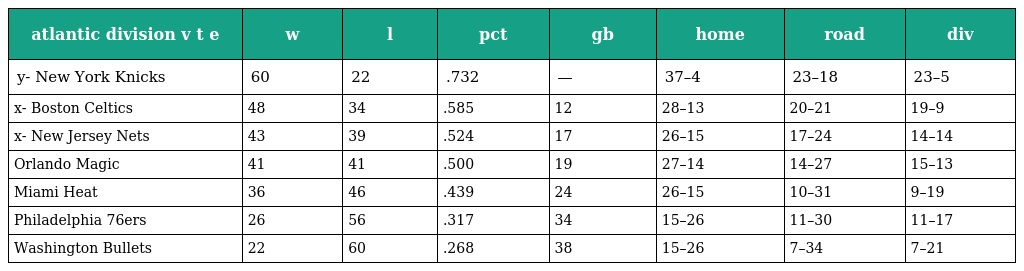
| atlantic division v t e | w | l | pct | gb | home | road | div |
 | --- | --- | --- | --- | --- | --- | --- | --- |
 | y- New York Knicks | 60 | 22 | .732 | — | 37–4 | 23–18 | 23–5 |
 | x- Boston Celtics | 48 | 34 | .585 | 12 | 28–13 | 20–21 | 19–9 |
 | x- New Jersey Nets | 43 | 39 | .524 | 17 | 26–15 | 17–24 | 14–14 |
 | Orlando Magic | 41 | 41 | .500 | 19 | 27–14 | 14–27 | 15–13 |
 | Miami Heat | 36 | 46 | .439 | 24 | 26–15 | 10–31 | 9–19 |
 | Philadelphia 76ers | 26 | 56 | .317 | 34 | 15–26 | 11–30 | 11–17 |
 | Washington Bullets | 22 | 60 | .268 | 38 | 15–26 | 7–34 | 7–21 |